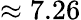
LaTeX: \approx 7.26